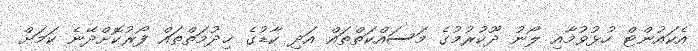
އެކައުންޓް ހުޅުވުމާއި ލޯނު ދޫކުރުމުގެ މަސައްކަތްތައް އަދި ކާޑުގެ ޚިދުމަތްތައް ފޯރުކޮށްދޭނެ ކަމަށް